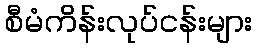
စီမံကိန်းလုပ်ငန်းများ